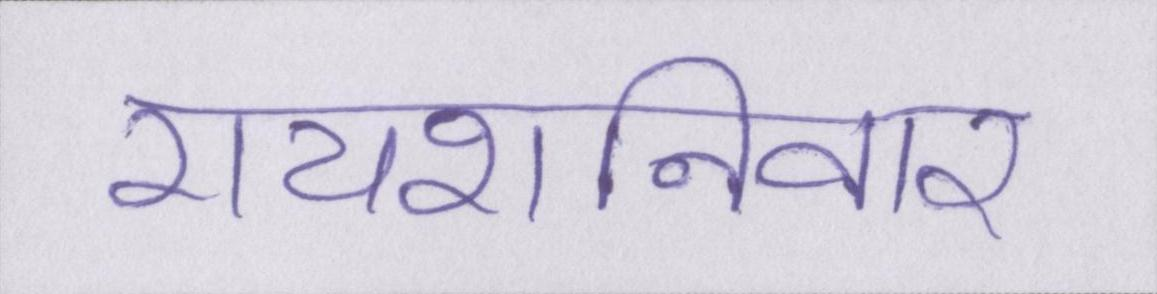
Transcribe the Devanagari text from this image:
रायशनिवार